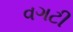
વગટી